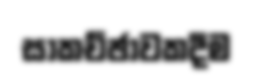
සාකච්ඡාවකදීම